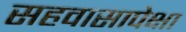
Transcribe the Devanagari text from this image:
सहवासापेक्षा